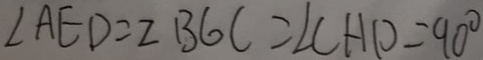
\angle A E D = 2 B G C = \angle C H P = 9 0 ^ { \circ }